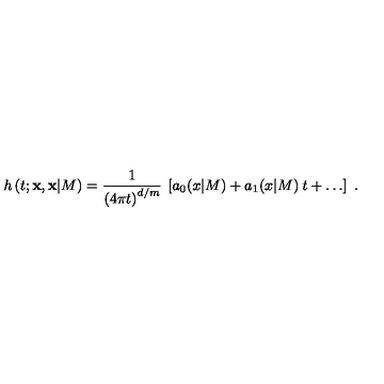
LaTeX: h \left( t ; { \bf x } , { \bf x } | M \right) = \frac { 1 } { \left( 4 \pi t \right) ^ { d / m } } \: \left[ a _ { 0 } ( x | M ) + a _ { 1 } ( x | M ) \: t + \dots \right] \ .